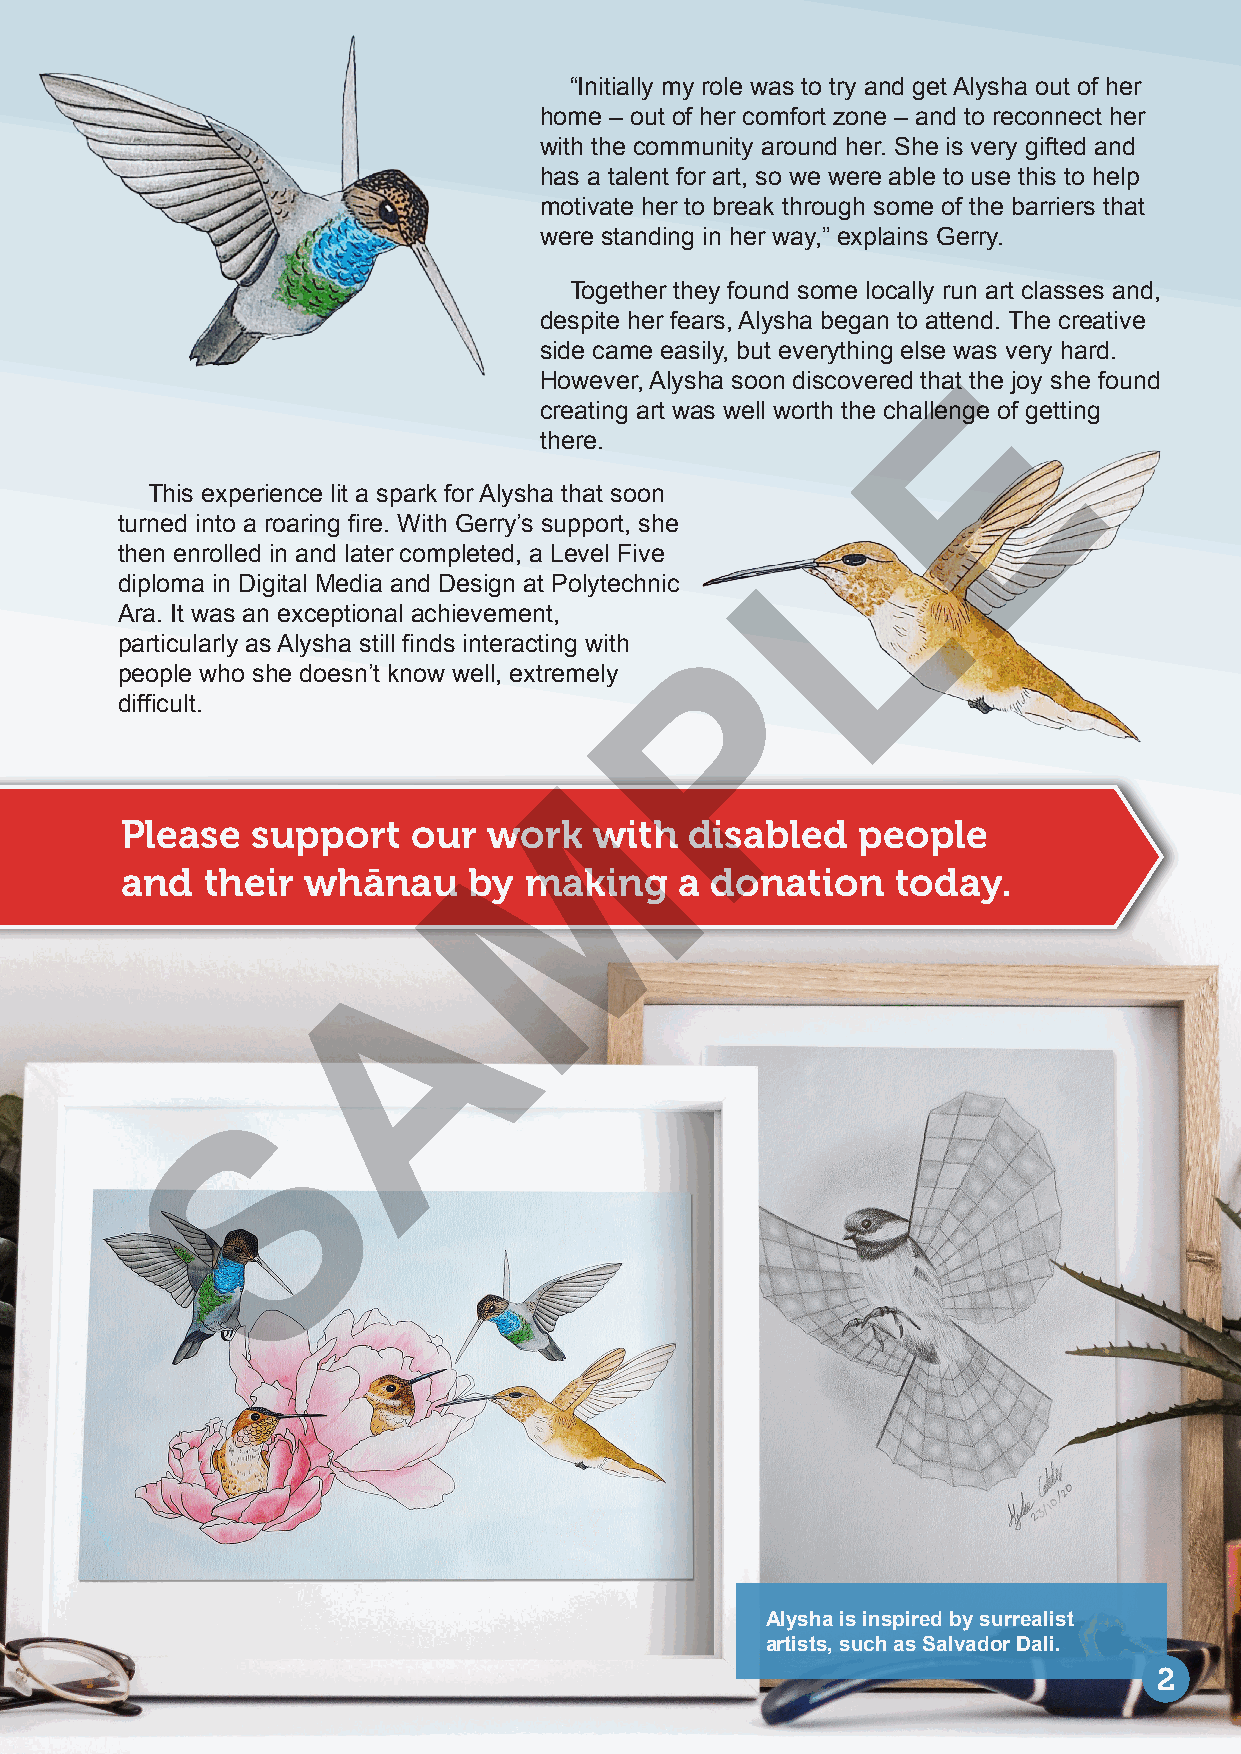
“Initially my role was to try and get Alysha out of her
 home – out of her comfort zone – and to reconnect her
 with the community around her. She is very gifted and
 has a talent for art, so we were able to use this to help
 motivate her to break through some of the barriers that
 were standing in her way,” explains Gerry.
 Together they found some locally run art classes and,
 despite her fears, Alysha began to attend. The creative
 side came easily, but everything else was very hard.
 E
 However, Alysha soon discovered that the joy she found
 creating art was well worth the challenge of getting
 there.
 This experience lit a spark for Alysha that soon L
 turned into a roaring fire. With Gerry’s support, she
 then enrolled in and later completed, a Level Five
 diploma in Digital Media and Design at Polytechnic
 Ara. It was an exceptional achievement,
 P
 particularly as Alysha still finds interacting with
 people who she doesn’t know well, extremely
 difficult.
 M
 Please   support   our  work   with   disabled   people
 and  their  whānau     by  making    a donation    today.
 A
 S
 Alysha is inspired by surrealist
 artists, such as Salvador Dali.
 2